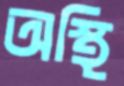
অস্থি